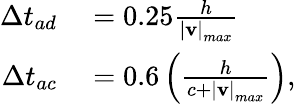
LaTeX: \begin{array}{rl}{\Delta t_{ad}}&{{}=0.25\frac{h}{\left|\mathbf{v}\right|_{max}}}\\ {\Delta t_{ac}}&{{}=0.6\left(\frac{h}{c+\left|\mathbf{v}\right|_{max}}\right),}\end{array}